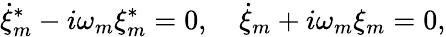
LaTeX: \dot{\xi}_{m}^{\ast}-i\omega_{m}\xi_{m}^{\ast}=0,\quad\dot{\xi}_{m}+i\omega_{m}\xi_{m}=0,